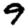
Digit: 9